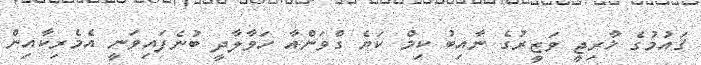
ޤައުމުގެ ޚާރިޖީ ވަޒީރުގެ ނާއިބު ކިމް ކަޔެ ގްވަންއާ ހަވާލާދީ ބުނެފައިވަނީ އެމެރިކާއިން